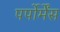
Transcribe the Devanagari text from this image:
पर्पोर्मेंस